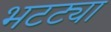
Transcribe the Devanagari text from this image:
भटट्या